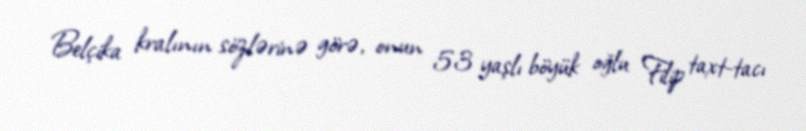
Belçika kralının sözlərinə görə, onun 53 yaşlı böyük oğlu Filip taxt-tacı